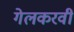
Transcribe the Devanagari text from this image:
गेलकरवी